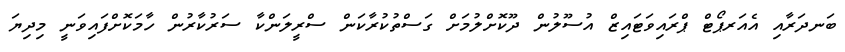
ބަނދަރާއި އެއަރޕޯޓް ޕްރައިވަޓައިޒް އުސޫލުން ދޫކޮށްލުމަށް ގަސްތުކުރާކަން ސްރީލަންކާ ސަރުކާރުން ހާމަކޮށްފައިވަނީ މިދިޔަ